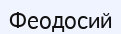
Феодосий